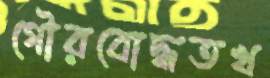
গৌরবোদ্ধতখ